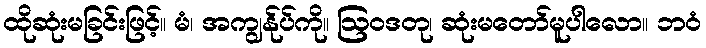
ထိုဆုံးမခြင်းဖြင့်။ မံ၊ အကျွန်ုပ်ကို။ ဩဝဒတု၊ ဆုံးမတော်မူပါလော။ ဘဝံ